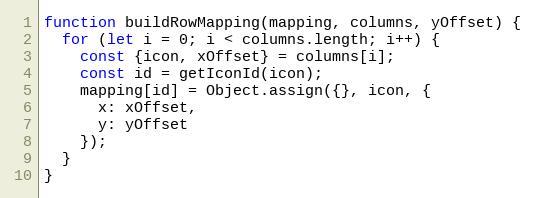
Language: JavaScript
function buildRowMapping(mapping, columns, yOffset) {
  for (let i = 0; i < columns.length; i++) {
    const {icon, xOffset} = columns[i];
    const id = getIconId(icon);
    mapping[id] = Object.assign({}, icon, {
      x: xOffset,
      y: yOffset
    });
  }
}